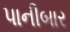
પાનીબાર